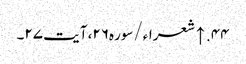
۴۴. ↑ شعراء/سوره۲۶، آیت ۲۷۔